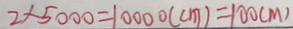
2 \times 5 0 0 0 = 1 0 0 0 0 ( c m ) = 1 0 0 ( m )